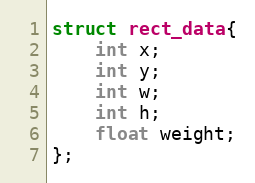
Language: C++
struct rect_data{
    int x;
    int y;
    int w;
    int h;
    float weight;
};